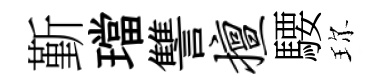
斳璫讐擅騕珎